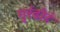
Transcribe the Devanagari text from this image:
गुरंढोरं